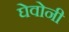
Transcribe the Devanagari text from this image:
घेवोनी